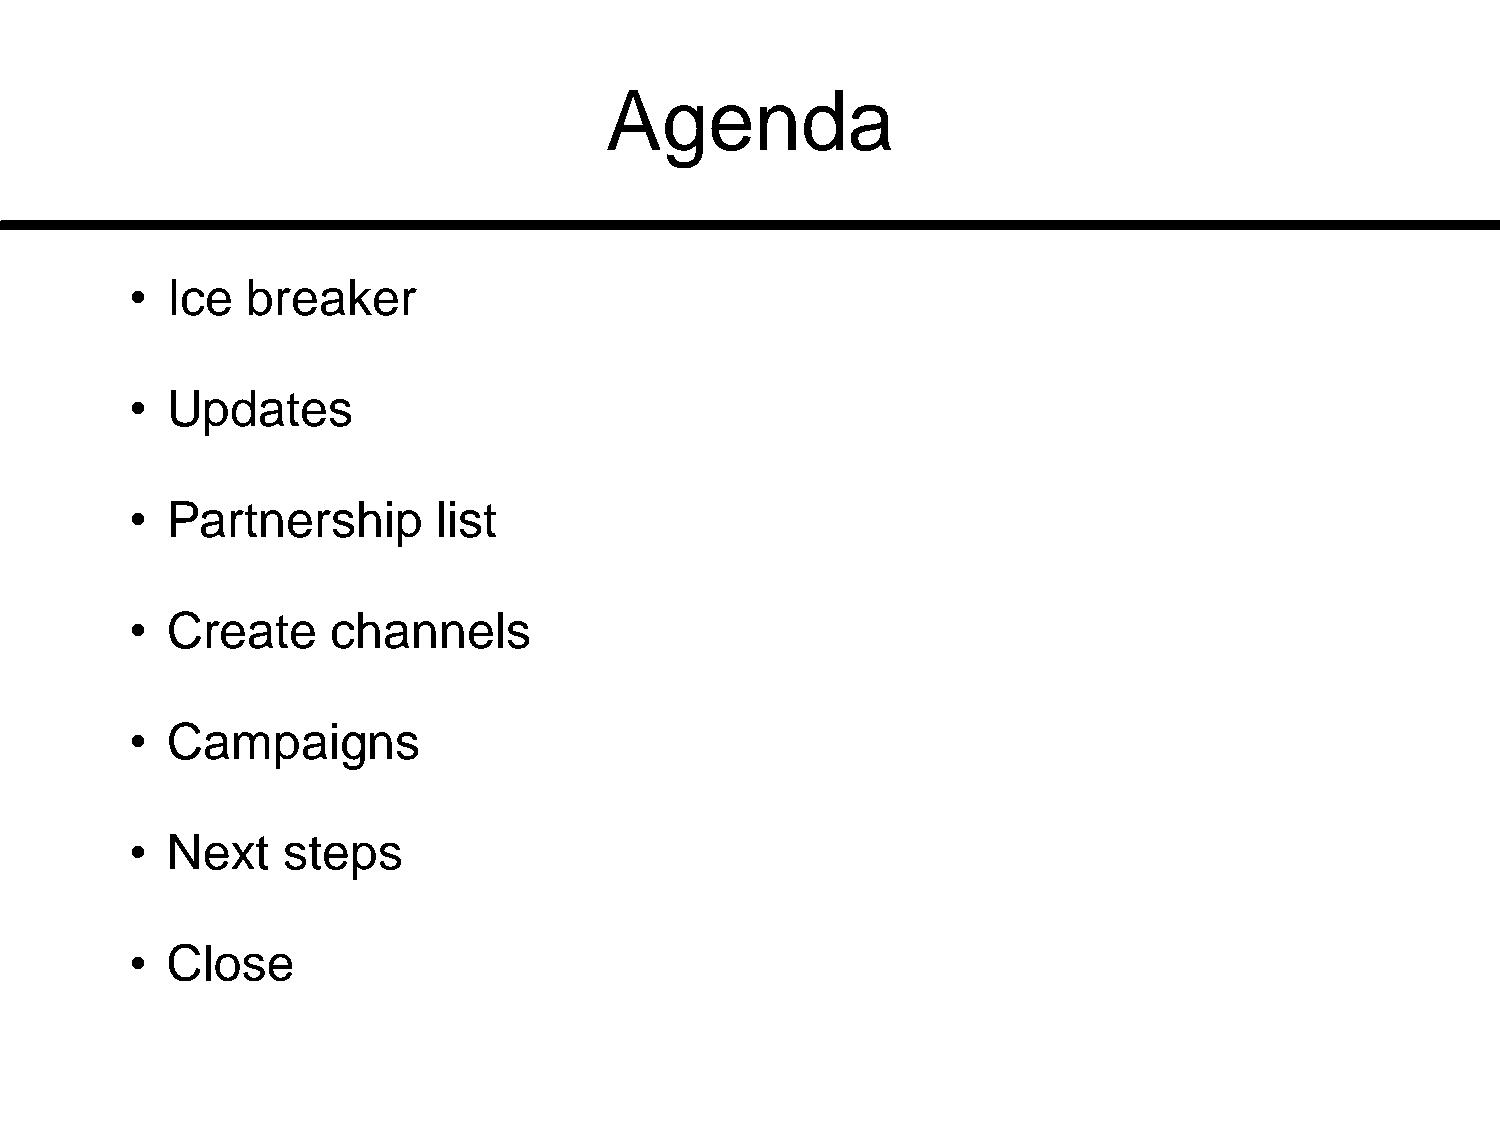
Agenda
 • Ice  breaker
 • Updates
 • Partnership       list
 • Create     channels
 • Campaigns
 • Next    steps
 • Close